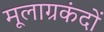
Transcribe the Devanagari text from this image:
मूलाग्रकंदों